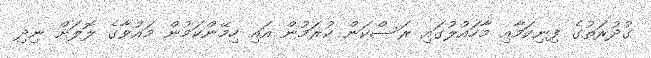
ގުދުރަތުގެ ފިނިކަމާއި މާހައުލުގައި ރަސްކަން ކުރަމުން އައި ހިމޭންކަމުން މައުވާގެ ލޮލަށް ނިދި